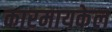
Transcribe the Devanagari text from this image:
कारमायकेल